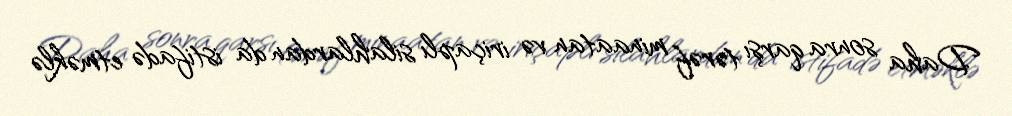
Daha sonra qarşı tərəf minaatan və iriçaplı silahlardan da istifadə etməklə